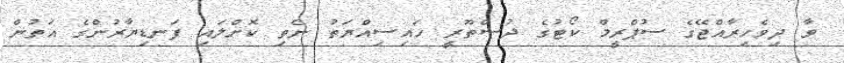
ވާ ދިވެހިރާއްޖޭގެ ސުޕްރީމް ކޯޓުގެ ދުސްތޫރީ ހައިސިއްޔަތު ނެތި ކޮށްލައި ފަނޑިޔާރުންގެ އަތުން